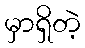
မှာရှိတဲ့